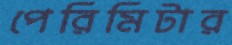
পেরিমিটার